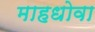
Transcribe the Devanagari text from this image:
माहधोवा